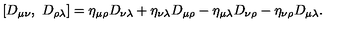
\left[ D _ { \mu \nu } , \ D _ { \rho \lambda } \right] = \eta _ { \mu \rho } D _ { \nu \lambda } + \eta _ { \nu \lambda } D _ { \mu \rho } - \eta _ { \mu \lambda } D _ { \nu \rho } - \eta _ { \nu \rho } D _ { \mu \lambda } .